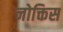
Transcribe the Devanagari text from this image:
नोक्तिस